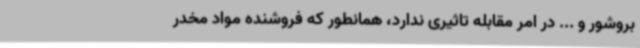
بروشور و ... در امر مقابله تاثیری ندارد، همانطور که فروشنده مواد مخدر